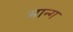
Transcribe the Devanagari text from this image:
भान्ग